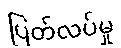
ပြတ်လပ်မှု